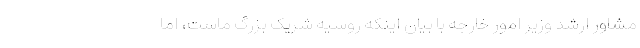
مشاور ارشد وزیر امور خارجه با بیان اینکه روسیه شریک بزرگ ماست، اما